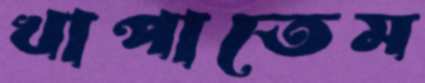
খাপাতেম